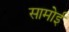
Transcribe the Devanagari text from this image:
सामोई